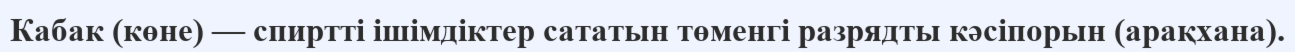
Кабак (көне) — спиртті ішімдіктер сататын төменгі разрядты кәсіпорын (арақхана).